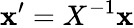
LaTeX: \mathbf{x}^{\prime}=X^{-1}\mathbf{x}